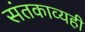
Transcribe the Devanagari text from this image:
संतकाव्यही